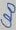
Text: CR0